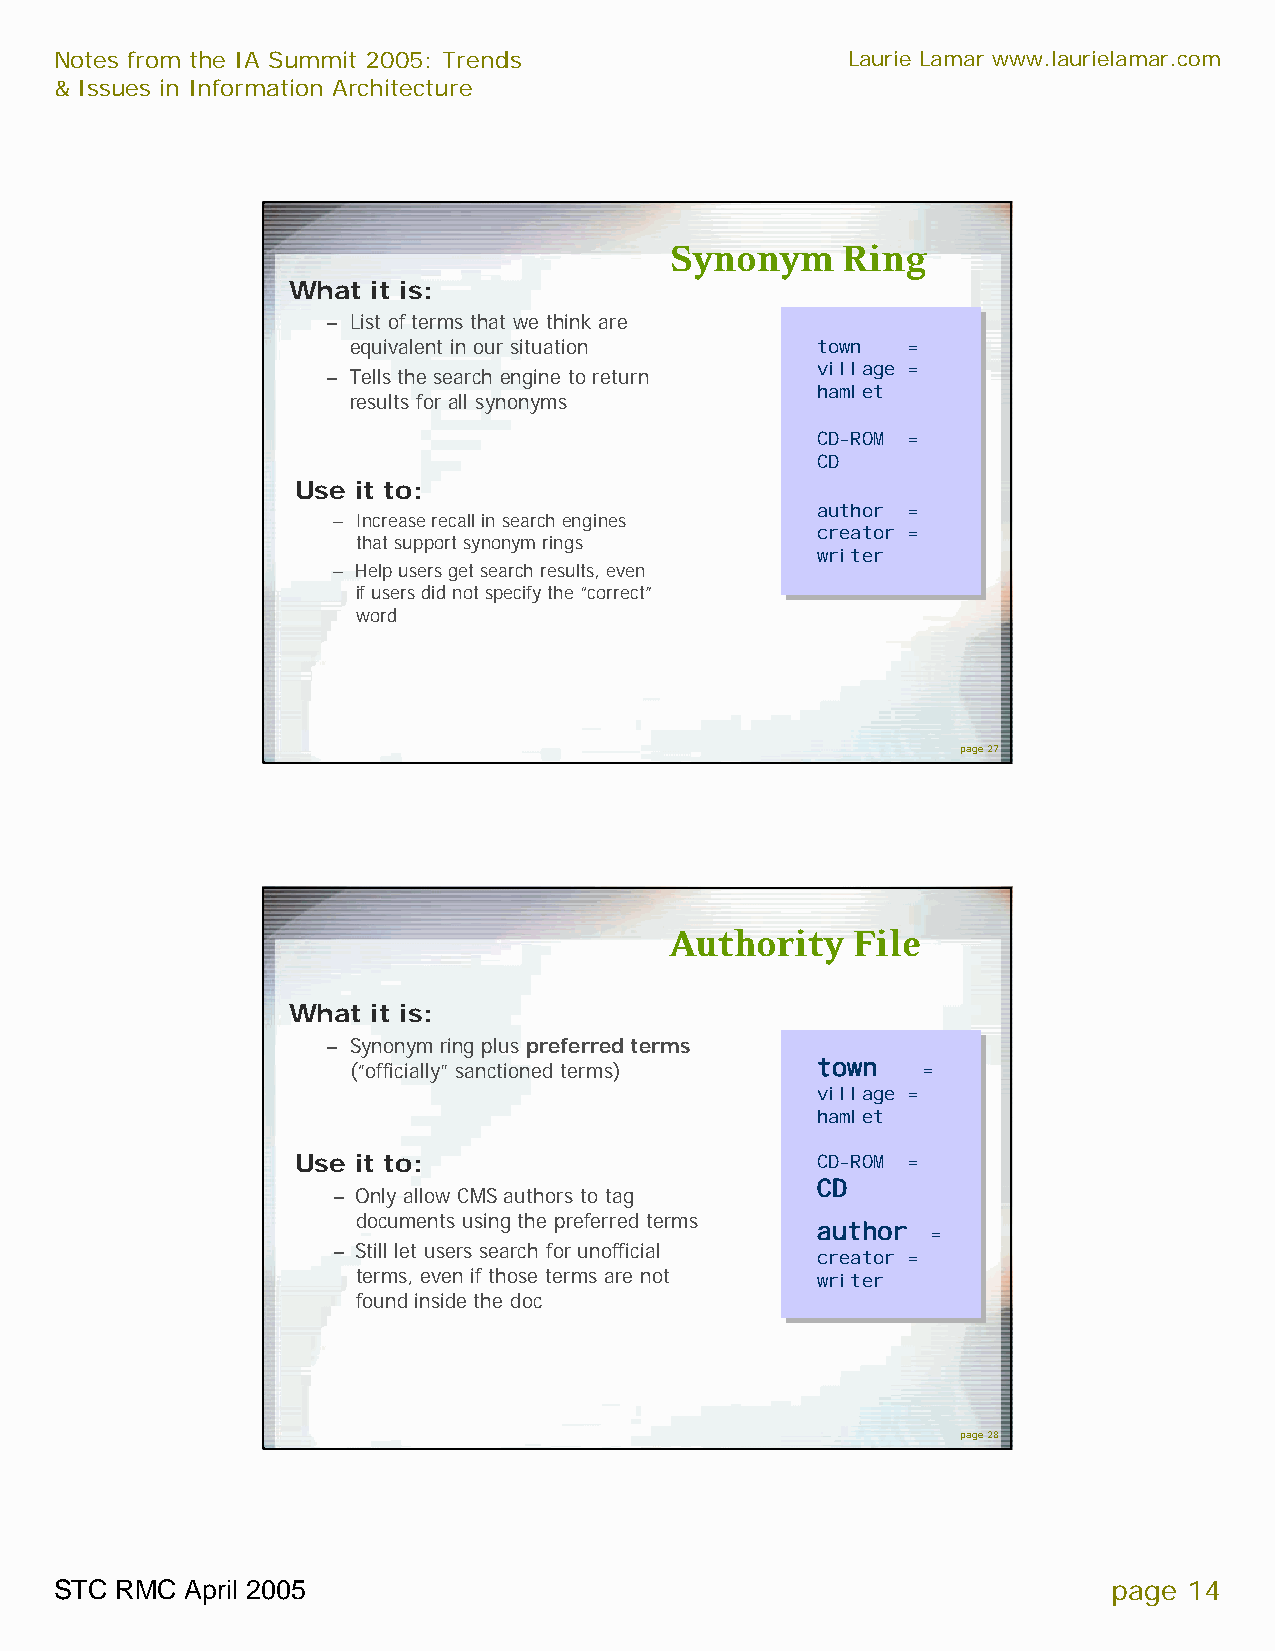
Notes from the IA Summit 2005: Trends               Laurie Lamar www.laurielamar.com
 & Issues in Information Architecture
 Synonym     Ring
 What  it is:
 – List of terms that we think are
 equivalent in our situation    town  =
 village =
 – Tells the search engine to return
 hamlet
 results for all synonyms
 CD-ROM =
 CD
 Use it to:
 author =
 – Increase recall in search engines
 creator =
 that support synonym rings
 writer
 – Help users get search results, even
 if users did not specify the “correct”
 word
 page 27
 Authority   File
 What  it is:
 – Synonym ring plus preferred terms
 (“officially” sanctioned terms) town  =
 village =
 hamlet
 Use it to:                        CD-ROM =
 CD
 – Only allow CMS authors to tag
 documents using the preferred terms
 author  =
 – Still let users search for unofficial
 creator =
 terms, even if those terms are not writer
 found inside the doc
 page 28
 STC RMC April 2005                                                    page 14